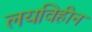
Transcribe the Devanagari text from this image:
लयविहीन